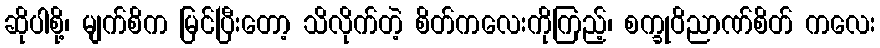
ဆိုပါစို့၊ မျက်စိက မြင်ပြီးတော့ သိလိုက်တဲ့ စိတ်ကလေးကိုကြည့်၊ စက္ခုဝိညာဏ်စိတ် ကလေး